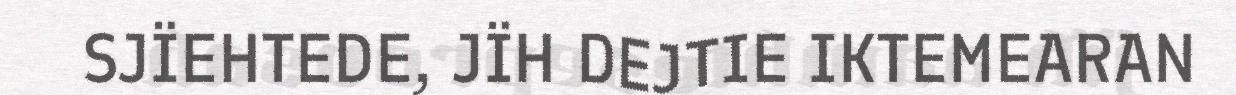
SJÏEHTEDE, JÏH DEJTIE IKTEMEARAN